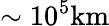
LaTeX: \sim 10^{5}\mathrm{km}